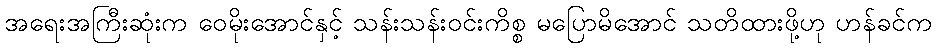
အရေးအကြီးဆုံးက ဝေမိုးအောင်နှင့် သန်းသန်းဝင်းကိစ္စ မပြောမိအောင် သတိထားဖို့ဟု ဟန်ခင်က